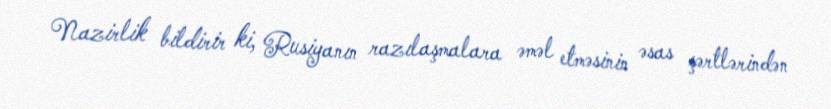
Nazirlik bildirir ki, Rusiyanın razılaşmalara əməl etməsinin əsas şərtlərindən